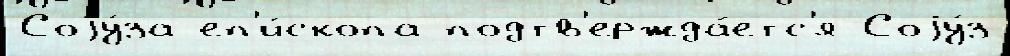
Соjу́за еп'и́скопа подтв'ержда́етс'я Соjу́з